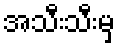
အသီးသီးမှ